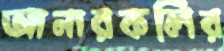
আনারকলির